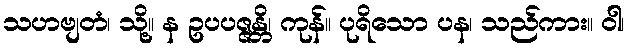
သဟဗျတံ၊ သို့။ န ဥပပဇ္ဇန္တိ၊ ကုန်။ ပုရိသော ပန၊ သည်ကား။ ဝါ၊